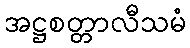
အဋ္ဌစတ္တာလီသမံ